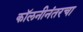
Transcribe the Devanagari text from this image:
कॉलनीनंतरचा